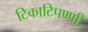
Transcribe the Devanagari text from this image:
टिकाटिपण्णी